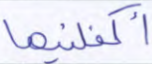
أكفلنيها